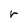
Character: r